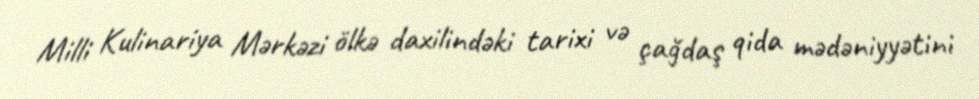
Milli Kulinariya Mərkəzi ölkə daxilindəki tarixi və çağdaş qida mədəniyyətini